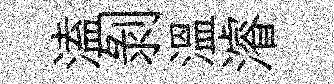
溘剝温濬